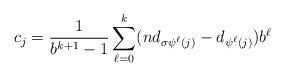
LaTeX: \begin{align*}c_j=\frac{1}{b^{k+1}-1}\sum_{\ell=0}^{k} (nd_{\sigma \psi^{\ell}(j)}-d_{\psi^{\ell}(j)})b^{\ell}\end{align*}